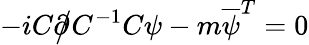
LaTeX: -iC{\partial\! \! \! {\big/}}C^{-1}C\psi-m{\overline{{\psi}}}^{T}=0